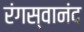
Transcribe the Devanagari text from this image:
रंगस्वानंद